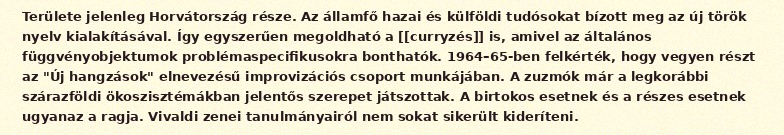
Területe jelenleg Horvátország része. Az államfő hazai és külföldi tudósokat bízott meg az új török nyelv kialakításával. Így egyszerűen megoldható a [[curryzés]] is, amivel az általános függvényobjektumok problémaspecifikusokra bonthatók. 1964–65-ben felkérték, hogy vegyen részt az "Új hangzások" elnevezésű improvizációs csoport munkájában. A zuzmók már a legkorábbi szárazföldi ökoszisztémákban jelentős szerepet játszottak. A birtokos esetnek és a részes esetnek ugyanaz a ragja. Vivaldi zenei tanulmányairól nem sokat sikerült kideríteni.